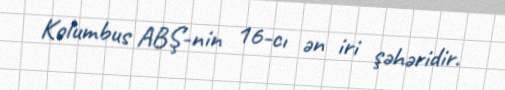
Kolumbus ABŞ-nin 16-cı ən iri şəhəridir.